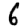
Digit: 6